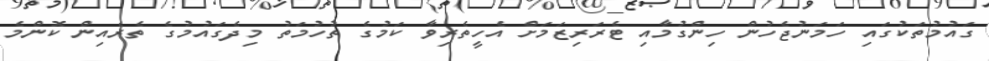
ގައުމުތަކުގައި ހަމަނުޖެހުން ހިންގުމާއި ޓެރަރިޒަމަށް އެހީތެރިވާ ކަމުގެ ތުހުމަތު މިދެގައުމުގެ ތެރެއިން ކޮންމެ